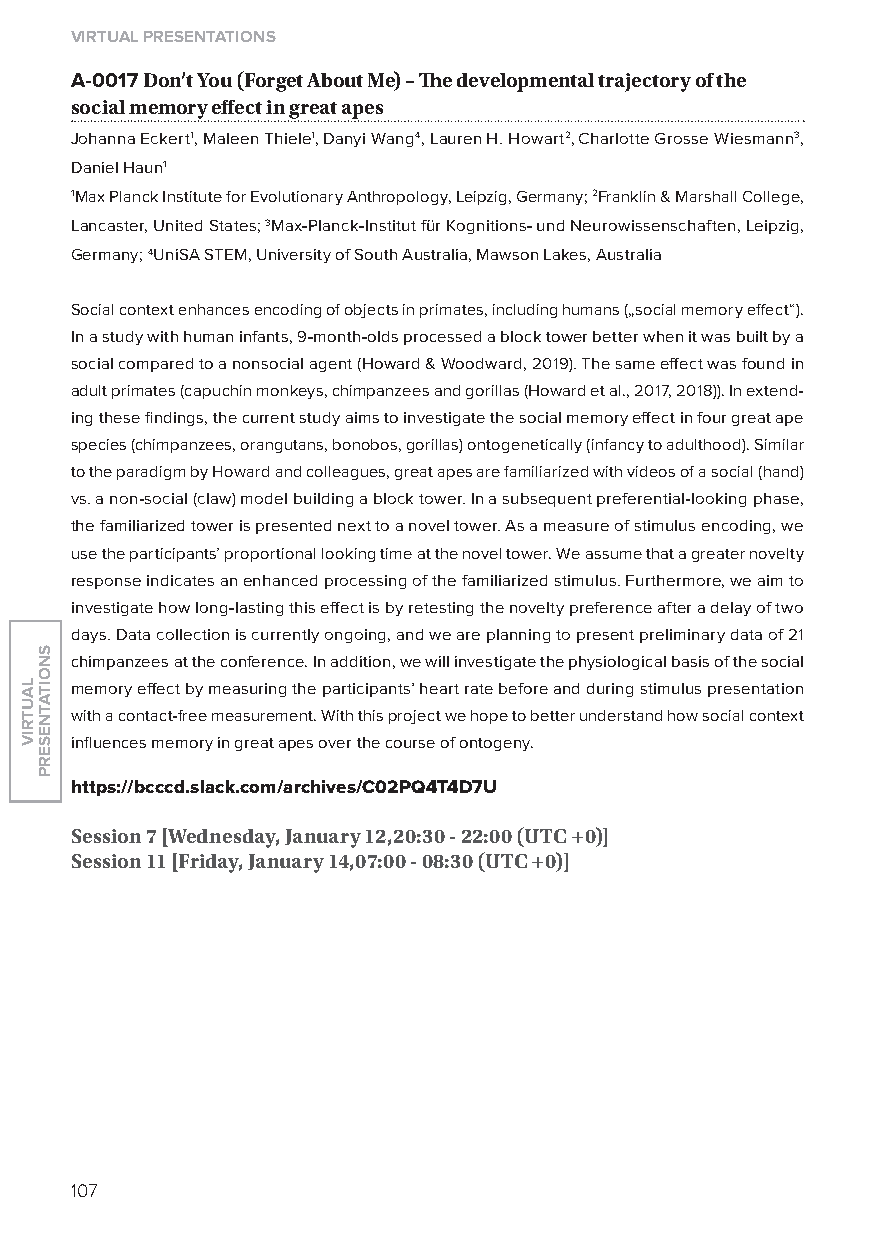
virtual presentations
 A-0017 Don’t you (forget about me) – The developmental trajectory of the
 social memory effect in great apes
 Johanna Eckert1, Maleen Thiele1, Danyi Wang4, lauren H. Howart2, Charlotte Grosse Wiesmann3,
 Daniel Haun1
 1Max Planck Institute for Evolutionary Anthropology, leipzig, Germany; 2Franklin & Marshall College,
 lancaster, United States; 3Max-Planck-Institut für Kognitions- und Neurowissenschaften, leipzig,
 Germany; 4UniSA STEM, University of South Australia, Mawson lakes, Australia
 Social context enhances encoding of objects in primates, including humans („social memory effect“).
 In a study with human infants, 9-month-olds processed a block tower better when it was built by a
 social compared to a nonsocial agent (Howard & Woodward, 2019). The same effect was found in
 adult primates (capuchin monkeys, chimpanzees and gorillas (Howard et al., 2017, 2018)). In extend-
 ing these findings, the current study aims to investigate the social memory effect in four great ape
 species (chimpanzees, orangutans, bonobos, gorillas) ontogenetically (infancy to adulthood). Similar
 to the paradigm by Howard and colleagues, great apes are familiarized with videos of a social (hand)
 vs. a non-social (claw) model building a block tower. In a subsequent preferential-looking phase,
 the familiarized tower is presented next to a novel tower. As a measure of stimulus encoding, we
 use the participants’ proportional looking time at the novel tower. We assume that a greater novelty
 response indicates an enhanced processing of the familiarized stimulus. Furthermore, we aim to
 investigate how long-lasting this effect is by retesting the novelty preference after a delay of two
 days. Data collection is currently ongoing, and we are planning to present preliminary data of 21
 chimpanzees at the conference. In addition, we will investigate the physiological basis of the social
 memory effect by measuring the participants’ heart rate before and during stimulus presentation
 with a contact-free measurement. With this project we hope to better understand how social context
 influences memory in great apes over the course of ontogeny.
 https://bcccd.slack.com/archives/C02pQ4T4d7u
 session 7 [Wednesday, January 12,20:30 - 22:00 (utC +0)]
 session 11 [friday, January 14,07:00 - 08:30 (utC +0)]
 107
 lautriv
 snoitatneserp